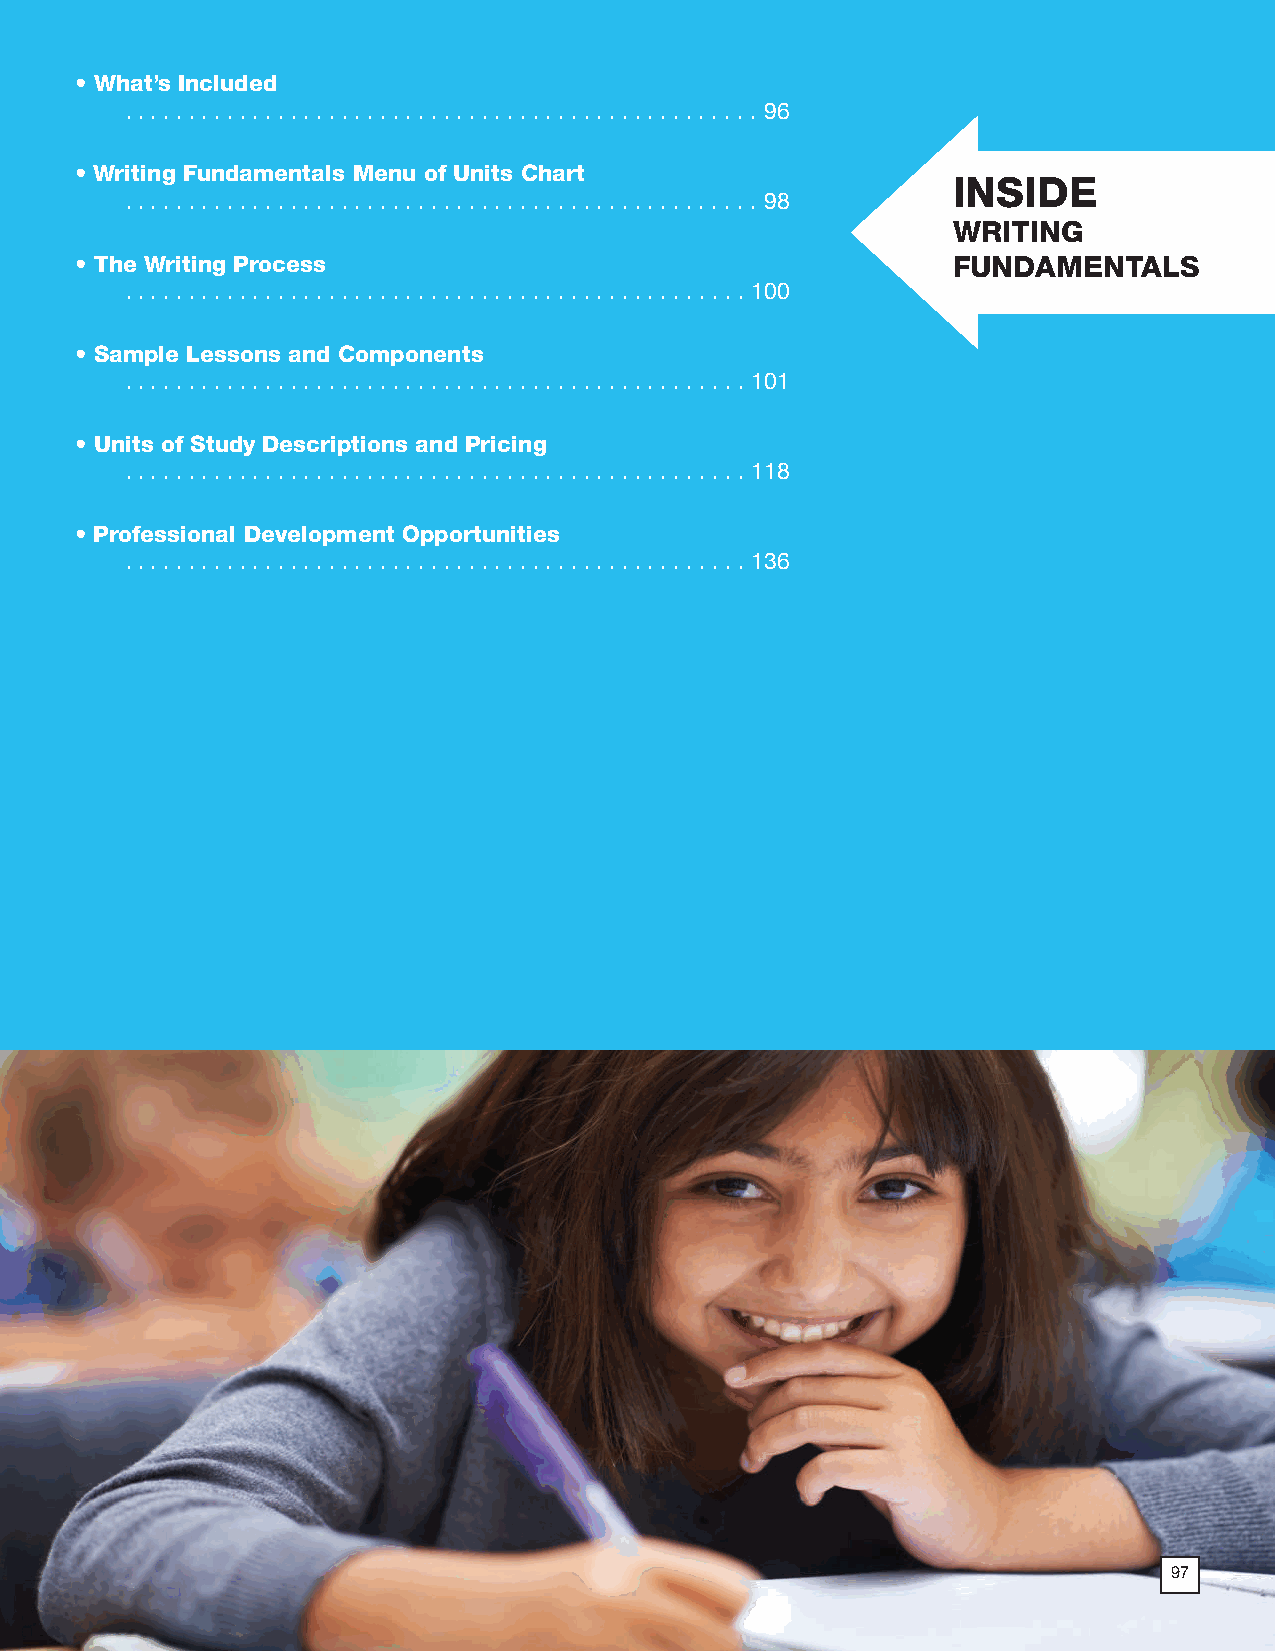
• What’s Included
 .  .  .  .  .  .  .  .  .  .  .  .  .  .  .  .  .  .  .  .  .  .  .  .  .  .  .  .  .  .  .  .  .  .  .  .  .  .  .  .  .  .  .  .  .  .  .  .  .  . 96
 • Writing Fundamentals Menu of Units Chart
 INSIDE
 .  .  .  .  .  .  .  .  .  .  .  .  .  .  .  .  .  .  .  .  .  .  .  .  .  .  .  .  .  .  .  .  .  .  .  .  .  .  .  .  .  .  .  .  .  .  .  .  .  . 98
 WRITING
 • The Writing Process                                     FUNDAMENTALS
 .  .  .  .  .  .  .  .  .  .  .  .  .  .  .  .  .  .  .  .  .  .  .  .  .  .  .  .  .  .  .  .  .  .  .  .  .  .  .  .  .  .  .  .  .  .  .  .  . 100
 • Sample Lessons and Components
 .  .  .  .  .  .  .  .  .  .  .  .  .  .  .  .  .  .  .  .  .  .  .  .  .  .  .  .  .  .  .  .  .  .  .  .  .  .  .  .  .  .  .  .  .  .  .  .  . 101
 • Units of Study Descriptions and Pricing
 .  .  .  .  .  .  .  .  .  .  .  .  .  .  .  .  .  .  .  .  .  .  .  .  .  .  .  .  .  .  .  .  .  .  .  .  .  .  .  .  .  .  .  .  .  .  .  .  . 118
 • Professional Development Opportunities
 .  .  .  .  .  .  .  .  .  .  .  .  .  .  .  .  .  .  .  .  .  .  .  .  .  .  .  .  .  .  .  .  .  .  .  .  .  .  .  .  .  .  .  .  .  .  .  .  . 136
 97